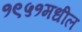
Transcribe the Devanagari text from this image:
१९५१मधील